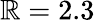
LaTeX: \mathbb{R}=2.3